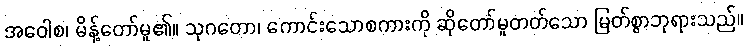
အဝေါစ၊ မိန့်တော်မူ၏။ သုဂတော၊ ကောင်းသောစကားကို ဆိုတော်မူတတ်သော မြတ်စွာဘုရားသည်။